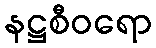
နဋ္ဌစီဝရော